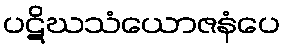
ပဋိဃသံယောဇနံပေ